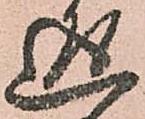
返